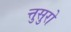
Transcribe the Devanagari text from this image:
त्तुसुरो